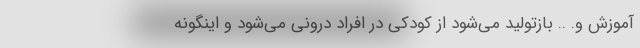
آموزش و. .. بازتولید می‌شود از کودکی در افراد درونی می‌شود و اینگونه